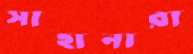
সাহানারা